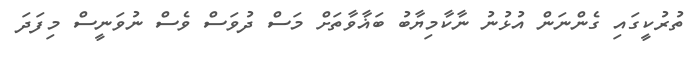
ތުރުކީގައި ގެންނަން އުޅުނު ނާކާމިޔާބު ބަޣާވާތަށް މަސް ދުވަސް ވެސް ނުވަނީސް މިފަދަ